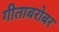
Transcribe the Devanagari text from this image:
गीताबरोबर